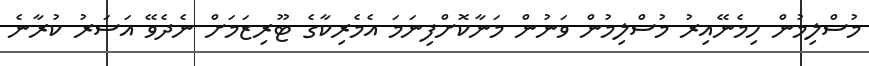
މުސްލިމުން ހިމެނޭއިރު މުސްލިމުން ވަނުން މަނާކޮށްފިނަމަ އެމެރިކާގެ ޓޫރިޒަމަށް ނެދެވޭ އަސަރު ކުރާނެ